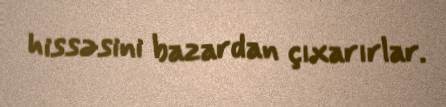
hissəsini bazardan çıxarırlar.